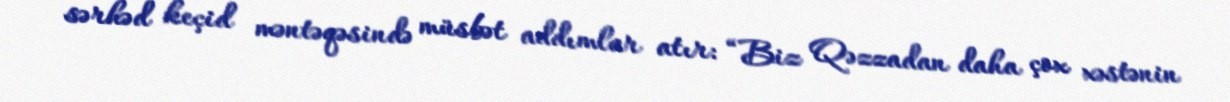
sərhəd keçid məntəqəsində müsbət addımlar atır: “Biz Qəzzadan daha çox xəstənin